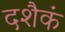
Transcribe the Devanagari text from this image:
दशैकं